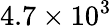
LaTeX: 4.7\times 10^{3}